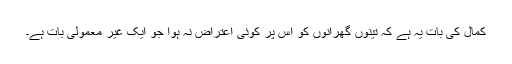
کمال کی بات یہ ہے کہ تینوں گھرانوں کو اس پر کوئی اعتراض نہ ہوا جو ایک غیر معمولی بات ہے۔